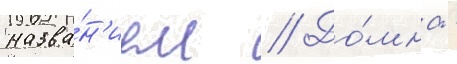
назва́н'ием // До́мна -